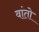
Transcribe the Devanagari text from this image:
वांतो